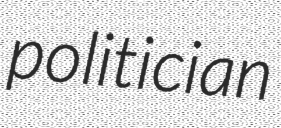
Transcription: politician